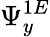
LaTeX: \Psi_{y}^{1E}